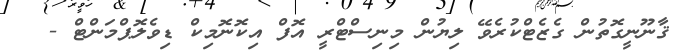
ޤާނޫނީގޮތުން ގެޒެޓްކުރެވޭ ލިޔުން މިނިސްޓްރީ އޮފް އިކޮނޮމިކް ޑިވެލޮޕްމަންޓް -